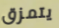
يتمزق